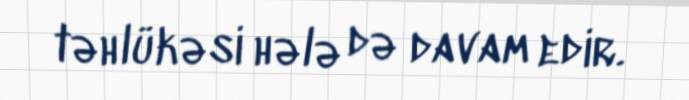
təhlükəsi hələ də davam edir.